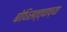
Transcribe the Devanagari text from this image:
बोधिसत्त्वाच्या